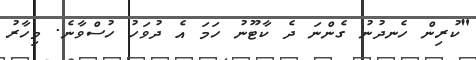
"ކުރިން ހެނދުނު ގެންނަ ދެ ކާޓޫނު ހަމަ އެ ދުވަހު ހުސްވާނެ. މިހާރު